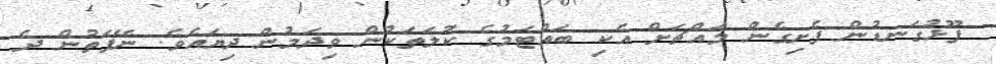
ފޫޅުގަނޑުން ފެށިގެން މައްޗަށް އެކި ބައްޓަމުގެ ކުލަތަކުން ވިދަމުން ދިޔައެވެ. ނޭފަތުން ދެ